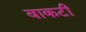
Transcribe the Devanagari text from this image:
वाकटी